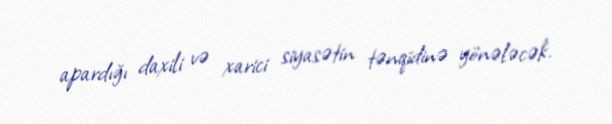
apardığı daxili və xarici siyasətin tənqidinə yönələcək.